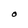
Character: O